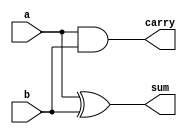
module half_adder1(
 input a,
 input b,
 output sum,
 output carry
 );
 assign sum = a ^ b;
 assign carry = a & b;
 endmodule